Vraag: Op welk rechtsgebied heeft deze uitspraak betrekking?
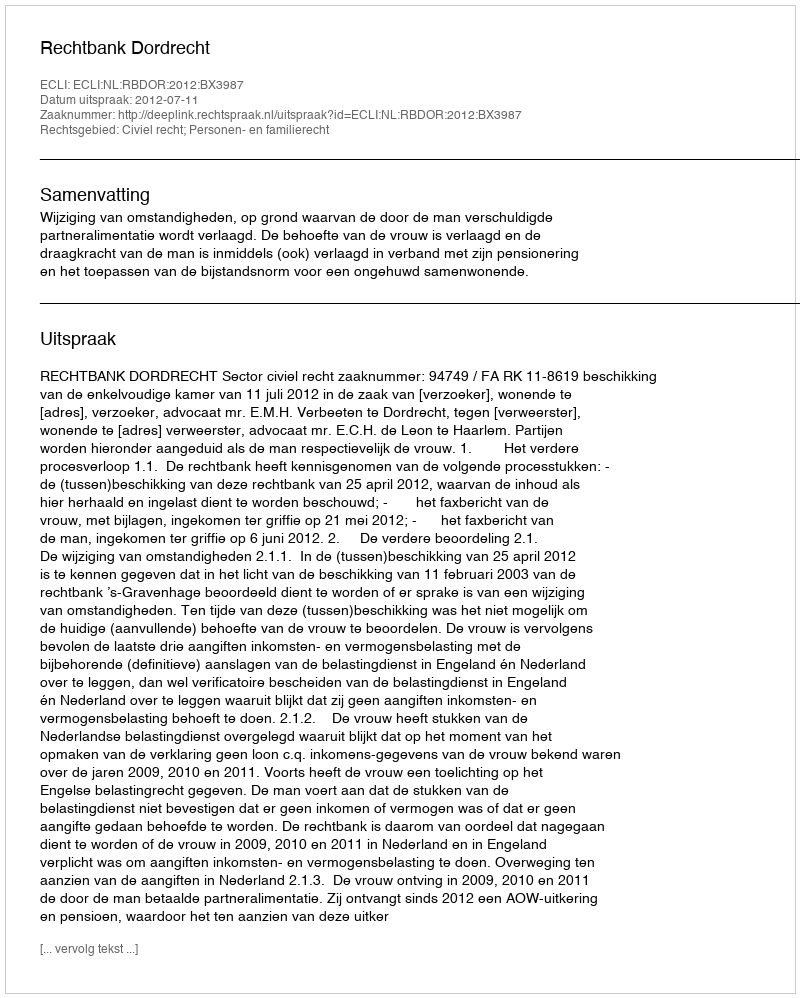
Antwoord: Civiel recht; Personen- en familierecht